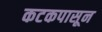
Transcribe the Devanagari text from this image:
कटकपासून